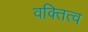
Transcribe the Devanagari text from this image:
वक्तित्व